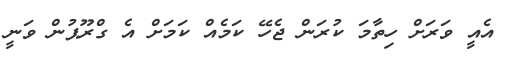
އެއީ ވަރަށް ހިތާމަ ކުރަން ޖެހޭ ކަމެއް ކަމަށް އެ ގްރޫޕުން ވަނީ